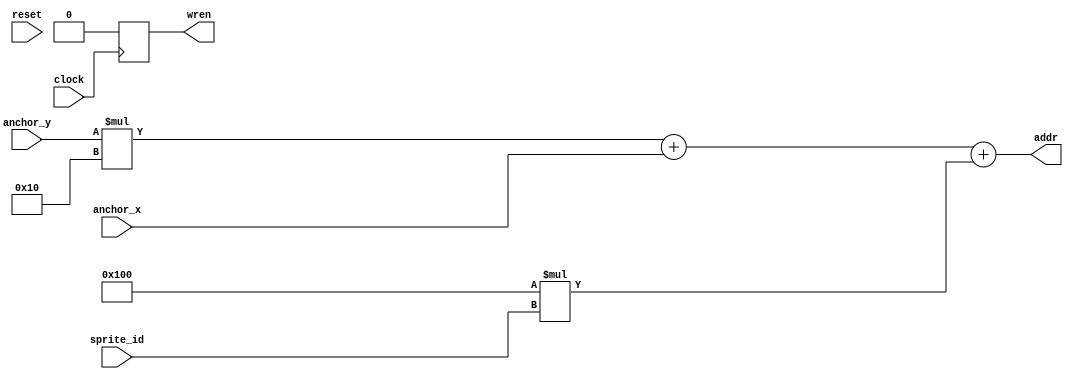
////UNIVERSIDADE FEDERAL DA BAHIA
////CDIGO REFERENTE A FINS AVALIATIVOS NA DISCIPLINA DE LABIV
////ALUNO: JOO RIOS

module Processa_Sprite (
input clock,
input reset,
input [3:0] anchor_x,
input  [3:0]anchor_y,
input [4:0] sprite_id,

output reg wren,
output reg [12:0] addr
);

reg [23:0] layer0 [255:0];
reg [23:0] layer1 [255:0];
reg [23:0] layer2 [255:0];
reg [23:0] layer3 [255:0];
reg [7:0]busca_linha;
reg [7:0]busca_pixel;
reg [23:0] layer [31:0];
reg [23:0] layer_merge [3:0];
reg [4:0] i;
//
always @ (*)
begin
busca_linha = anchor_y*16;
busca_pixel = busca_linha + anchor_x;
addr = busca_pixel+ 256*sprite_id;

end

always @ (posedge clock)
begin

	wren <= 0;

	
end

endmodule